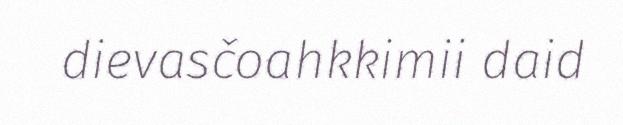
dievasčoahkkimii daid